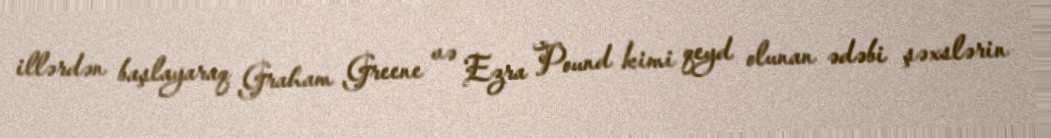
illərdən başlayaraq Graham Greene və Ezra Pound kimi qeyd olunan ədəbi şəxslərin